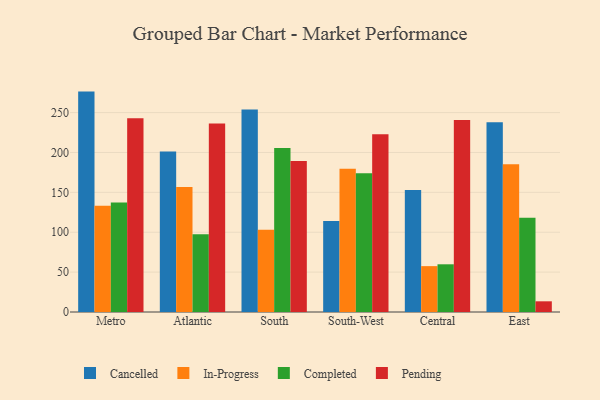
{"axis": {"x": "Region", "y": "Operating Costs (USD K)"}, "legend": ["Cancelled", "Completed", "In-Progress", "Pending"], "data": [{"x": "Metro", "y": 276.3, "type": "Cancelled"}, {"x": "Metro", "y": 133.3, "type": "In-Progress"}, {"x": "Metro", "y": 137.3, "type": "Completed"}, {"x": "Metro", "y": 242.8, "type": "Pending"}, {"x": "Atlantic", "y": 201.2, "type": "Cancelled"}, {"x": "Atlantic", "y": 156.6, "type": "In-Progress"}, {"x": "Atlantic", "y": 97.6, "type": "Completed"}, {"x": "Atlantic", "y": 236.2, "type": "Pending"}, {"x": "South", "y": 254.0, "type": "Cancelled"}, {"x": "South", "y": 103.0, "type": "In-Progress"}, {"x": "South", "y": 205.6, "type": "Completed"}, {"x": "South", "y": 189.2, "type": "Pending"}, {"x": "South-West", "y": 114.2, "type": "Cancelled"}, {"x": "South-West", "y": 179.7, "type": "In-Progress"}, {"x": "South-West", "y": 174.0, "type": "Completed"}, {"x": "South-West", "y": 222.9, "type": "Pending"}, {"x": "Central", "y": 153.0, "type": "Cancelled"}, {"x": "Central", "y": 57.5, "type": "In-Progress"}, {"x": "Central", "y": 59.8, "type": "Completed"}, {"x": "Central", "y": 240.8, "type": "Pending"}, {"x": "East", "y": 237.9, "type": "Cancelled"}, {"x": "East", "y": 185.2, "type": "In-Progress"}, {"x": "East", "y": 118.0, "type": "Completed"}, {"x": "East", "y": 13.4, "type": "Pending"}]}